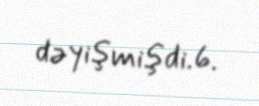
dəyişmişdi.6.